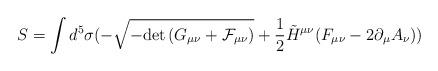
LaTeX: \begin{align*}S = \int d^5 \sigma ( - \sqrt{-{\rm det}\, (G_{\mu\nu}+\cal F_{\mu\nu})}+\frac{1}{2}\tilde{H}^{\mu\nu} (F_{\mu\nu} - 2 \partial_{\mu} A_{\nu}))\end{align*}